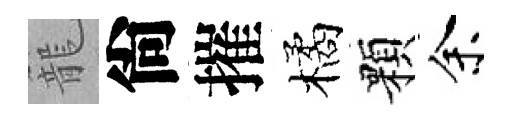
籠尙摧橘顆余